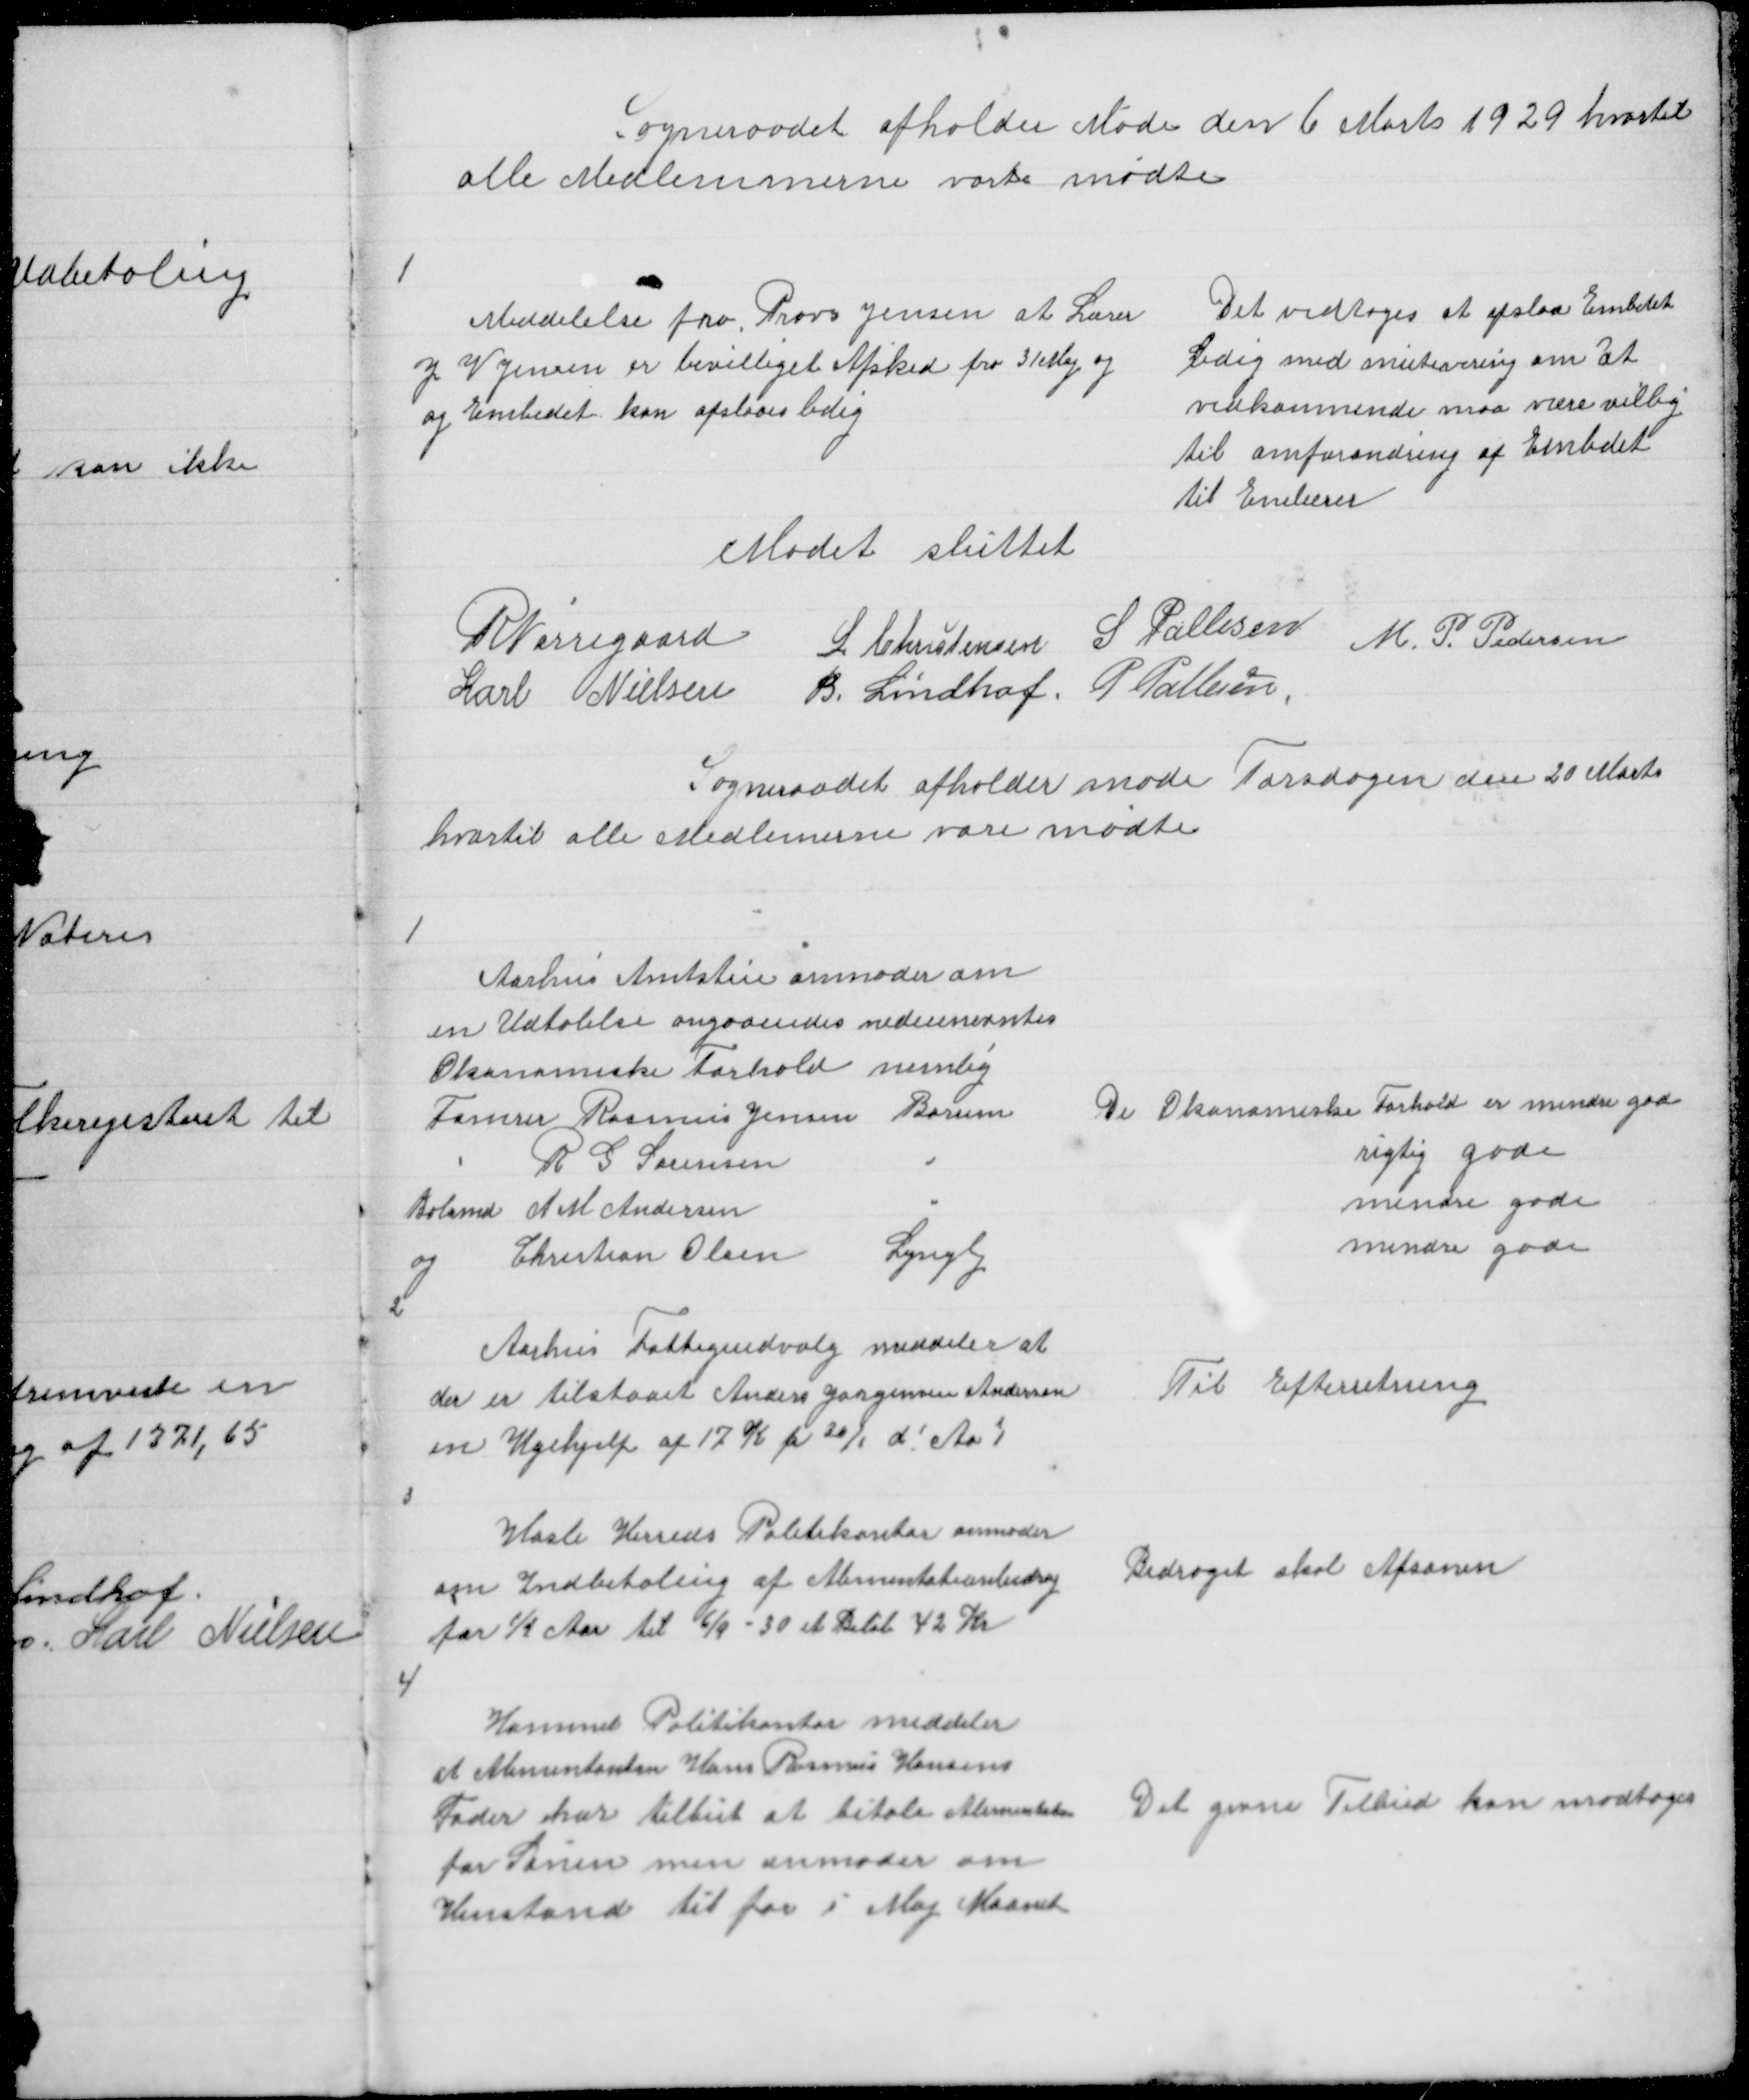
Transskription:
Sogneraadet afholder Møde den 6 Marts 1929 hvortil
alle Medlemmerne vare mødte

1

Meddelelse fra Provs Jensen at Lærer
J V Jensen er bevilliget Afsked fra 31 Maj og
og Embedet kan opslaaes ledig

Det vedtoges at opslaa Embedet
ledig med mutivering om at
vedkommende maa være villig
til omforandring af Embedet
til Enelærer

Mødet sluttet

R Nørregaard
L Christensen S Pallesen
M. P. Pedersen
Karl Nielsen B. Lindhof P Pallesen

Sogneraadet afholder Møde Torsdagen den 20 Marts
hvortil alle Medlemerne vare mødte

1

Aarhus Amtstue anmoder om
en Udtalelse angaaendes nedennevntes
Økonomiske Forhold nemlig
Tømrer Rasmus Jensen Borum
"
R G Sørensen
"
Bolsmd A M Andersen
"
og Christian Olsen
Lyngby
2

De økonomiske Forhold er mindre gode
rigtig gode
mindre gode
mindre gode

Aarhus Fattigudvalg meddeler at
der er tilstaaet Anders Jørgensen Andersen
en Ugehjelp af 17 K fr 30/1 d! Aa!

Til Efterretning

3

Hasle Herreds Politikontor anmoder
om Indbetaling af Alimentationsbidrag
for ½ Aar til 6/9 - 30 et Beløb 42 Kr

Bidraget skal Afsones

4

Hammel Politikontor meddeler
at Alimentanten Hans Rasmus Hansens
Fader har tilbut at betale Alimentation
for Sønen men anmoder om
Henstand til før i Maj Maanet

Det givne Tilbud kan modtages